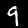
Label: 9